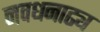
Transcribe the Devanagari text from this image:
नवधनाढ्य